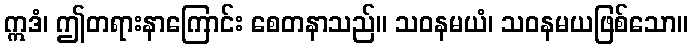
ဣဒံ၊ ဤတရားနာကြောင်း စေတနာသည်။ သဝနမယံ၊ သဝနမယဖြစ်သော။